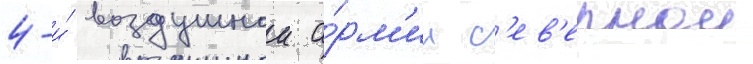
4-и́ воздушнои а́рм'ии с'ев'ернои